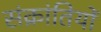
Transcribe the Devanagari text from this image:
संक्रांतियों